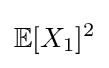
\mathbb {E} [X_{1}]^{2}